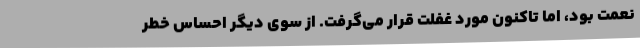
نعمت بود، اما تاکنون مورد غفلت قرار می‌گرفت. از سوی دیگر احساس خطر